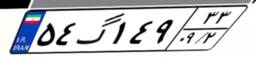
۵۴گ۱۴۹۳۳